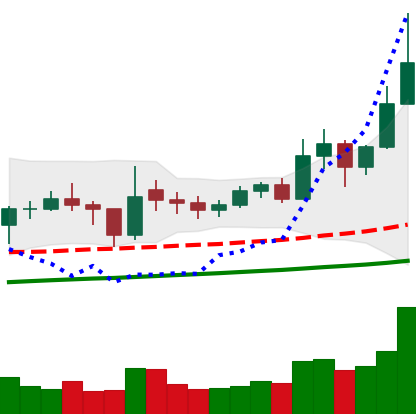
Ticker: ETC-USD
Chart end date: 2021-02-10
Forward return: 40.848%
Label: up_7plus